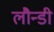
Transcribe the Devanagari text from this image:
लौन्डी